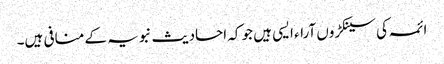
ائمہ کی سینکڑوں آراء ایسی ہیں جو کہ احادیث نبویہ کے منافی ہیں۔